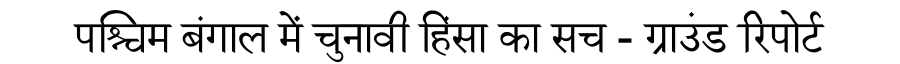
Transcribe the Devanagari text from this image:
पश्चिम बंगाल में चुनावी हिंसा का सच - ग्राउंड रिपोर्ट